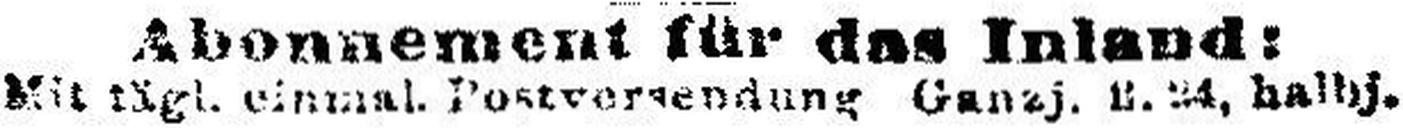
Mit tägl. einmal. Portversendung Ganzj. 6.34, halbj.